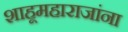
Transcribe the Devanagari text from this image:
शाहूमहाराजांना